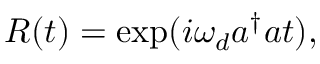
\begin{array} { r } { R ( t ) = \exp ( i \omega _ { d } a ^ { \dagger } a t ) , } \end{array}